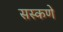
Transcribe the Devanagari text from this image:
सस्कणे